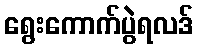
ရွေးကောက်ပွဲရလဒ်